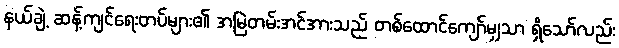
နယ်ချဲ့ ဆန့်ကျင်ရေးတပ်များ၏ အမြဲတမ်းအင်အားသည် တစ်ထောင်ကျော်မျှသာ ရှိသော်လည်း